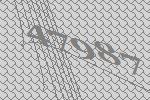
47987